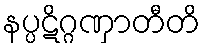
နပ္ပဋိဂ္ဂဏှာတီတိ